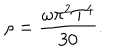
\rho = \frac { \omega \pi ^ { 2 } T ^ { 4 } } { 3 0 } .